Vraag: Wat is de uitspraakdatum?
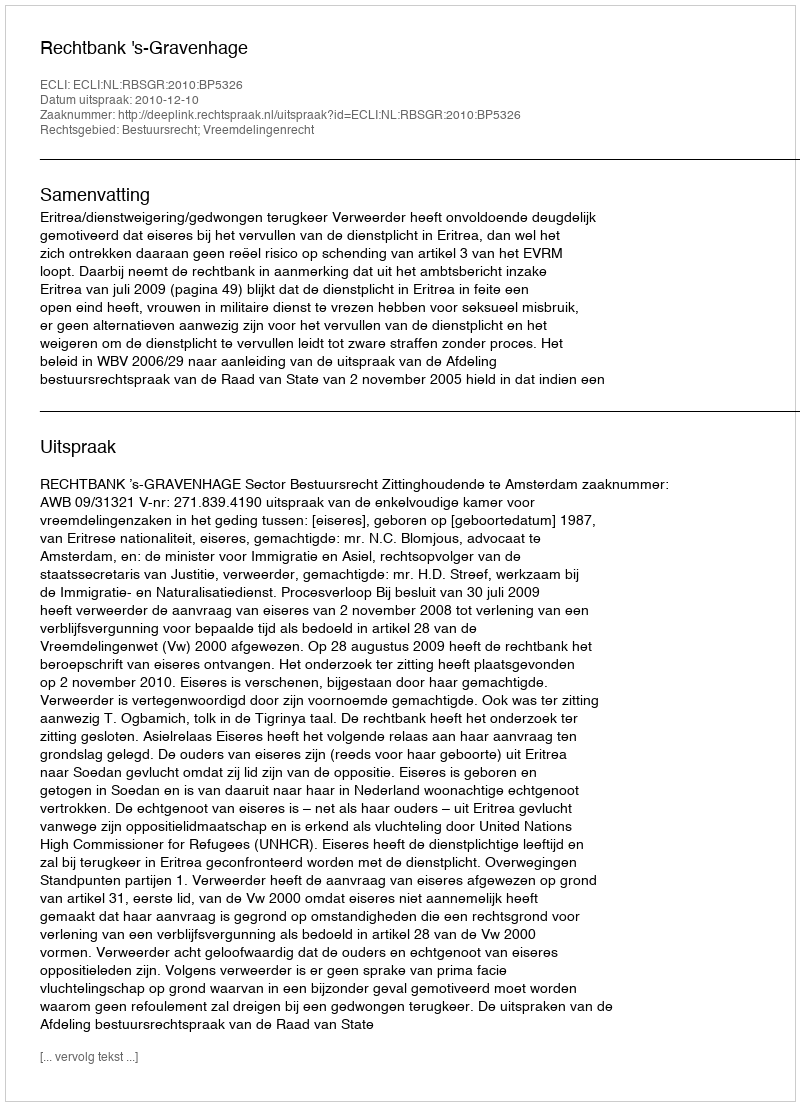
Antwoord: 2010-12-10